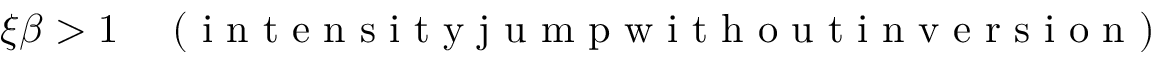
\xi \beta > 1 \quad \mathrm { ~ ( ~ i ~ n ~ t ~ e ~ n ~ s ~ i ~ t ~ y ~ j ~ u ~ m ~ p ~ w ~ i ~ t ~ h ~ o ~ u ~ t ~ i ~ n ~ v ~ e ~ r ~ s ~ i ~ o ~ n ~ ) ~ }